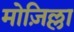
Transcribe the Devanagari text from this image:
मोज़िल्ला